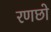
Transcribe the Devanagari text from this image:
रणछो